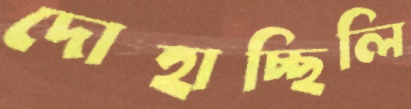
দোহাচ্ছিলি